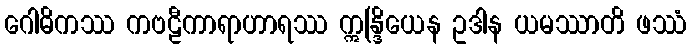
ဂေါဓိကဿ ကဗဠီကာရာဟာရဿ ဣန္ဒြိယေန ဥဒါန ယမဿာတိ ဖဿံ